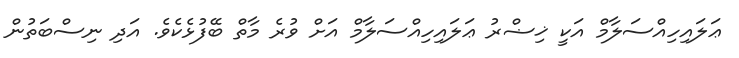
ޢަލައިހިއްސަލާމް އަކީ ޚިޟްރު ޢަލައިހިއްސަލާމް އަށް ވުރެ މާތް ބޭފުޅެކެވެ. އަދި ނިސްބަތުން